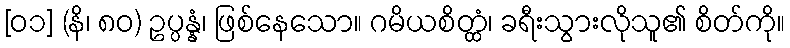
[၀၁] (နိ၊ ၈၀) ဥပ္ပန္နံ၊ ဖြစ်နေသော။ ဂမိယစိတ္ထံ၊ ခရီးသွားလိုသူ၏ စိတ်ကို။